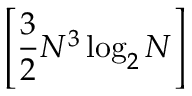
\left[ { \frac { 3 } { 2 } } N ^ { 3 } \log _ { 2 } N \right]